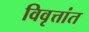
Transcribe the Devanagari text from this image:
विवृत्तांत